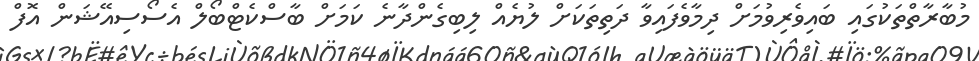
މުބާރާތްތަކުގައި ބައިވެރިވުމަށް ދިމާވެފައިވާ ދަތިތަކަށް ލުުޔެއް ލިބިގެންދާނެ ކަަމަށް ބާސްކެޓްބޯލް އެސޯސިއޭޝަން އޮފް